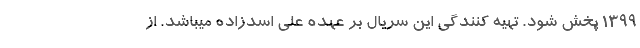
1399 پخش شود. تهیه کنندگی این سریال بر عهده علی اسدزاده میباشد. از